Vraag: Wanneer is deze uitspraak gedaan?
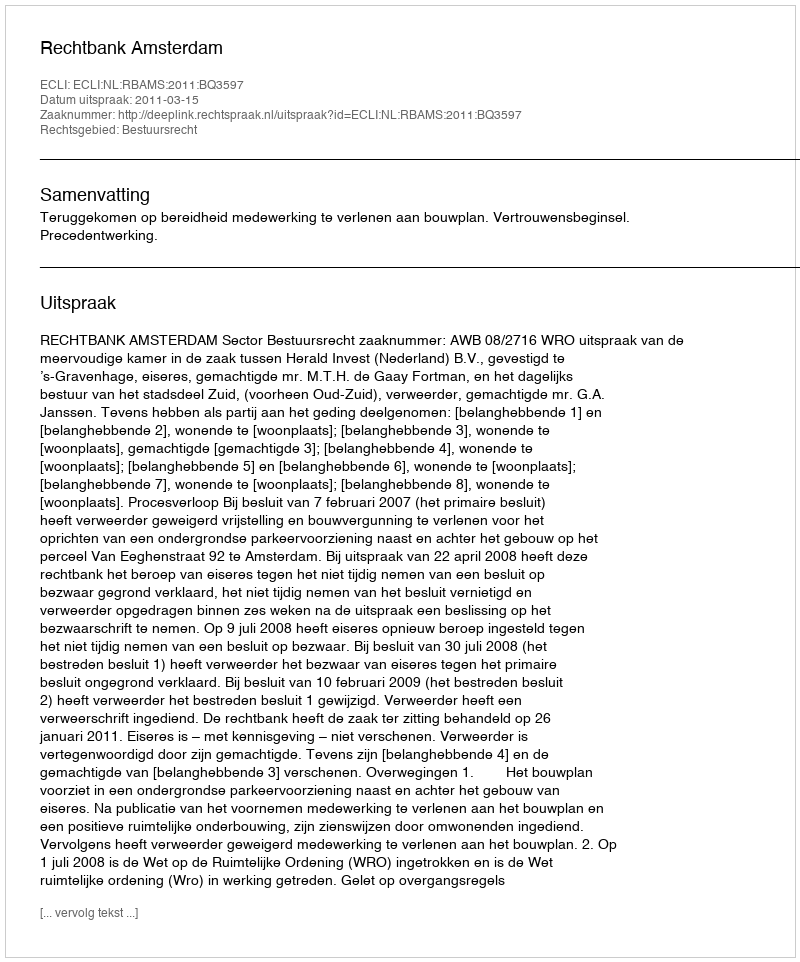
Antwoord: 2011-03-15